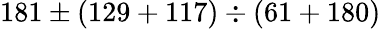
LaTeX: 181\pm(129+117)\div(61+180)